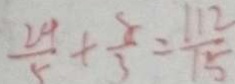
\frac { 2 4 } { 5 } + \frac { 8 } { 3 } = \frac { 1 1 2 } { 1 5 }